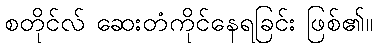
စတိုင်လ် ဆေးတံကိုင်နေရခြင်း ဖြစ်၏။